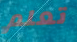
تعلم